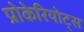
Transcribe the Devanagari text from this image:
प्रोकेरियोट्स